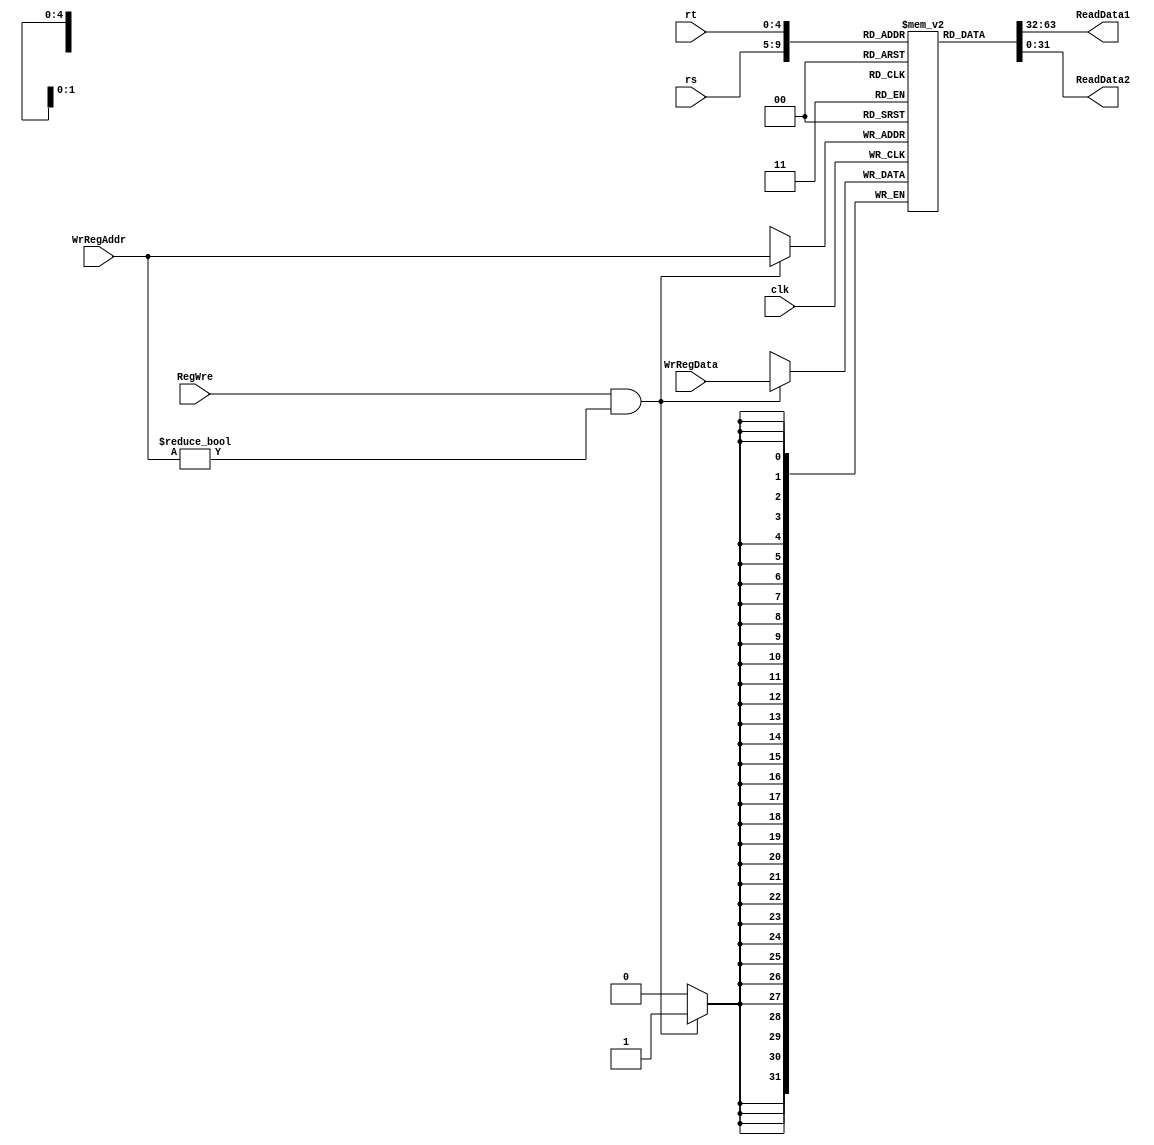
`timescale 1ns / 1ps

module RegisterFile(
    input clk,
    input RegWre,               //1
    input [4:0] rs,             //rs
    input [4:0] rt,             //rt
    input [4:0] WrRegAddr,       //rtrd
    input [31:0] WrRegData,     //
    output [31:0] ReadData1,    //rs
    output [31:0] ReadData2     //rt
    );

    reg [31:0] register[0:31];  //3232
    integer i;
    initial begin
        for(i = 0; i < 32; i = i + 1)  register[i] <= 0;
    end

    // 
    assign ReadData1 = register[rs];
    assign ReadData2 = register[rt];

    // 
    always@(posedge clk)
    begin
        // 0RegWre
        if (RegWre && WrRegAddr != 0)  register[WrRegAddr] = WrRegData;
    end 

endmodule